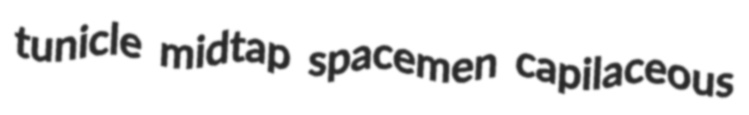
tunicle midtap spacemen capilaceous